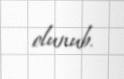
olunub.